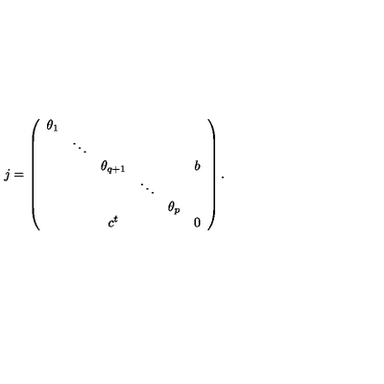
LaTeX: j = \left( \begin{array} { c c c c c c } { \theta _ { 1 } } & { } & { } & { } & { } & { } \\ { } & { \ddots } & { } & { } & { } & { } \\ { } & { } & { \theta _ { q + 1 } } & { } & { } & { b } \\ { } & { } & { } & { \ddots } & { } & { } \\ { } & { } & { } & { } & { \theta _ { p } } & { } \\ { } & { } & { c ^ { t } } & { } & { } & { 0 } \\ \end{array} \right) .